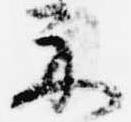
示